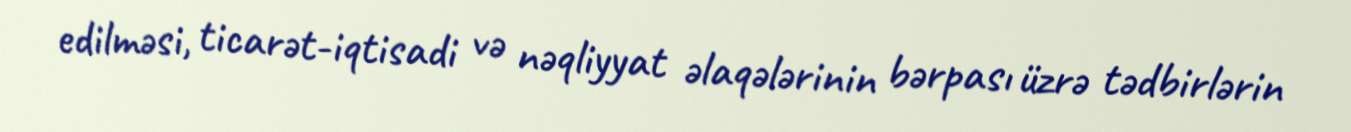
edilməsi, ticarət-iqtisadi və nəqliyyat əlaqələrinin bərpası üzrə tədbirlərin